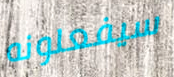
سيفعلونه